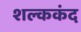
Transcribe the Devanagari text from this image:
शल्ककंद